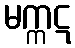
မက္ကဋ